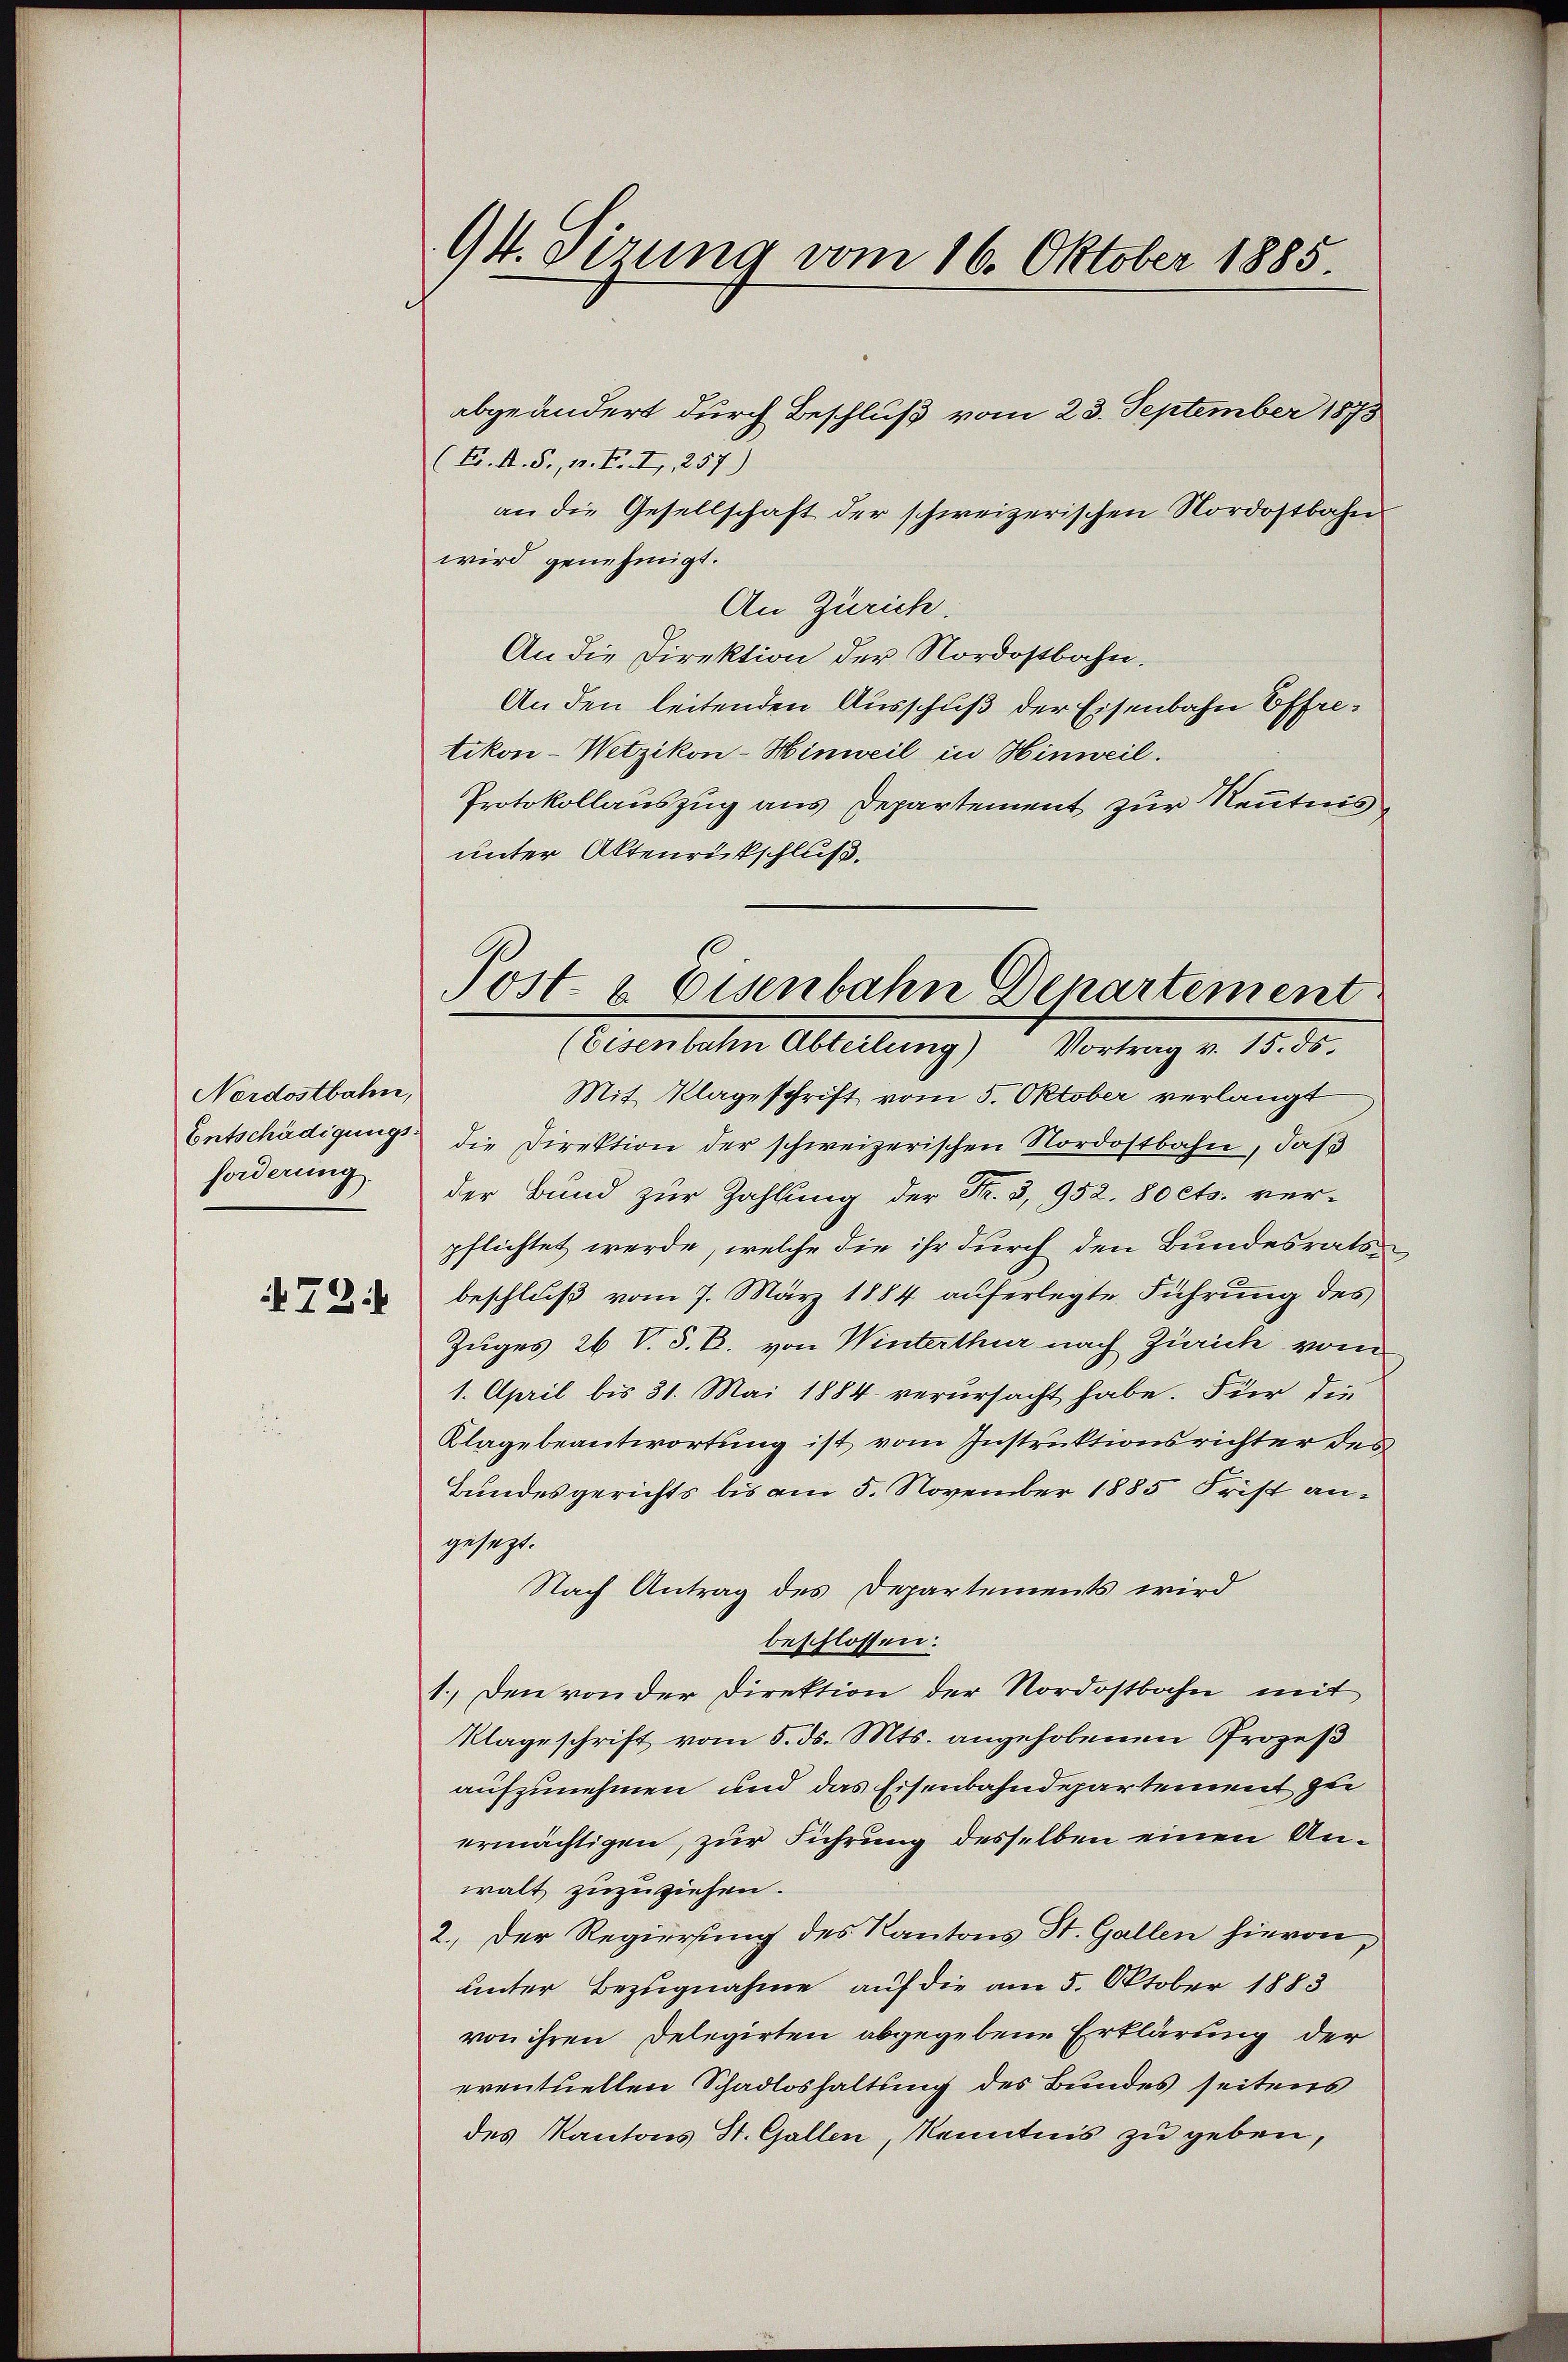
Nordostbahn,
Entschädigungs
forderung.
72:

94. dirung vom 16. Oktober 1885

Post- & Eisenbahn Departement
(Eisenbahn Abteilung) Vortrag v. 15. ds.

abgeändert durch Beschluß vom 23. September 1873
(E. A. S., n. F. II, 257)
an die Gesellschaft der schweizerischen Nordostbahn
wird genehmigt.
An Zürich.
An die Direktion der Nordostbahn.
An den leitenden Ausschuß der Eisenbahn Effretikon-Wetzikon-Hinweil in Hinweil.
Protokollauszug aus Departement zur Kenntnisunter Aktenrückschluß.
Mit Klageschrift vom 5. Oktober verlangt
die Direktion der schweizerischen Nordostbahn, daß
der Bund zur Zahlung der Fr. 3, 952. 80 cts. ver-
pflichtet werde, welche die ihr durch den Bundesrats
beschluß vom 7. März 1884 auferlegte Führung des
Zuges 26 V. S. B. von Winterthur nach Zürich vom
1. April bis 31. Mai 1884 verursacht habe. Für die
Klage beantwortung ist vom Instruktionsrichter des
Bundesgerichts bis am 5. November 1885 Frist angesezt.
Nach Antrag des Departements wird
beschlossen:
1. Den von der Direktion der Nordostbahn mit
Klageschrift vom 5. ds. Mts. angehobenen Prozeß
aufzunehmen und das Eisenbahndepartement zu
ermächtigen, zur Führung desselben einen Unwalt zuzuziehen.
2.) Der Regierung des Kantons St. Gallen hievon,
unter Bezugnahme auf die am 5. Oktober 1883
von ihren Delegirten abgegebene Erklärung der
eventuellen Schadloshaltung des Bundes seitens
des Kantons St. Gallen, Kenntnis zu geben,